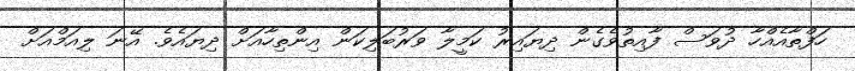
ހަފްތާއެއްހާ ދުވަސް ފާއިތުވެގެން ދިޔައިރު ކަމީލާ ވަރުބަލިކަން އިންތިހާއަށް ދިޔައެވެ. އޭނަ ލިއަމްއަށް